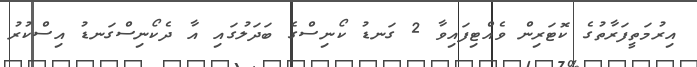
އިރުމަތީފަރާތުގެ ކޮޓަރިން ވެއްޓިފައިވާ 2 ގަނޑު ކޯނިސްގެ ބަދަލުގައި އާ ދެކޯނިސްގަނޑު އިސްކުރު